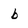
Character: b